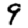
Digit: 9